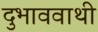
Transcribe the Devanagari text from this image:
दुभाववाथी